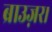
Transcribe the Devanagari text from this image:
ब्राउज़र।